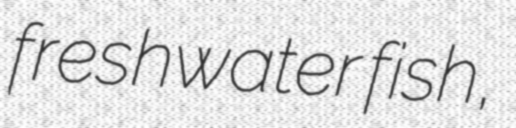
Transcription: freshwater fish,